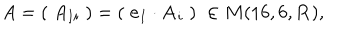
LaTeX: A = ( \; A _ { I i } \; ) = ( \; { \bf e } _ { I } \cdot { \bf A } _ { i } \; ) \; \in M ( 1 6 , 6 , { \bf R } ) ,